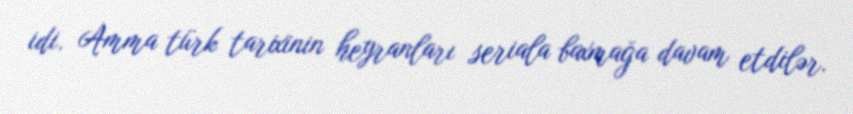
idi. Amma türk tarixinin heyranları seriala baxmağa davam etdilər.